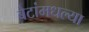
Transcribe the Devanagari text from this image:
बेटांमधल्या